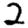
Digit: 2